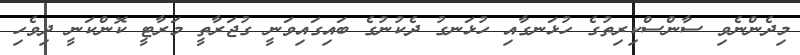
މިދެންނެވި ސާންސްކިރިތުގެ ހުޅަނގާއި ހުޅަނގު ދެކުނުގެ ބައިގައިވަނީ ގުޖަރާތީ މަރާޓީ ކޮންކަނީ ދިވެހި